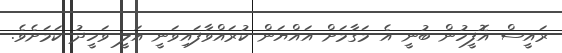
ރައީސް އޮފީހުން ބުނީ އެ މަގާމަށް އައްޔަން ކުރައްވާފައިވަނީ އަލީ ވަހީދު ކަމަށެވެ.